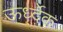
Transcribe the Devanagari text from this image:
ऊर्ध्देक